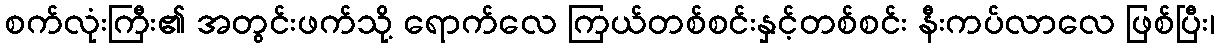
စက်လုံးကြီး၏ အတွင်းဖက်သို့ ရောက်လေ ကြယ်တစ်စင်းနှင့်တစ်စင်း နီးကပ်လာလေ ဖြစ်ပြီး၊